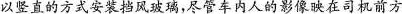
以竖直的方式安装挡风玻璃，尽管车内人的影像映在司机前方